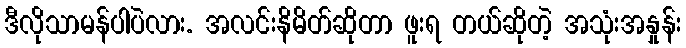
ဒီလိုသာမန်ပါပဲလား. အလင်းနိမိတ်ဆိုတာ ဖူးရ တယ်ဆိုတဲ့ အသုံးအနှုန်း